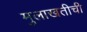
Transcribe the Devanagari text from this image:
मुलाखतीची